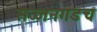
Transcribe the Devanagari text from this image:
सज्जनगडच